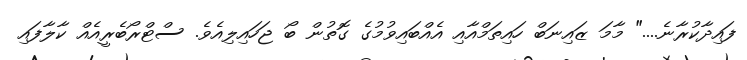
ފައިދާކުރާނެ...." މާމަ ޒައިނަބް ހައިތަމްއާއި އެއްބައިވުމުގެ ގޮތުން ބޯ ޖަހައިލިއެވެ. ސްޓްރޯބެރީއެއް ކާލާފައި